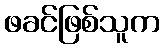
ဖခင်ဖြစ်သူက